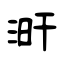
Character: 涆